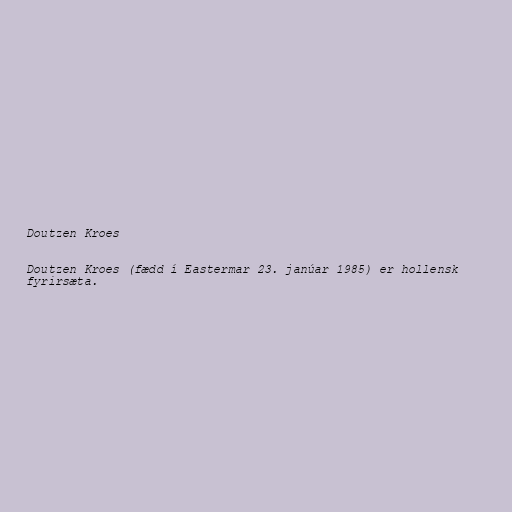
Doutzen Kroes

Doutzen Kroes (fædd í Eastermar 23. janúar 1985) er hollensk
fyrirsæta.